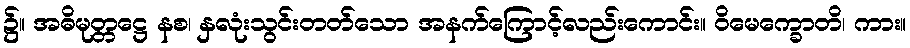
၌။ အဓိမုတ္တဋ္ဌေ နစ၊ နှလုံးသွင်းတတ်သော အနက်ကြောင့်လည်းကောင်း။ ဝိမေက္ခောတိ၊ ကား။